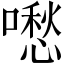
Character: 𠿈